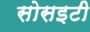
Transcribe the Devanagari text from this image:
सोसइटी